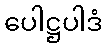
ပေါဋ္ဌပါဒံ